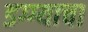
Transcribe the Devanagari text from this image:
डग्ग्याचा